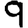
Digit: 9